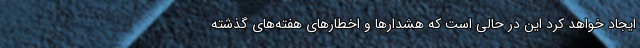
ایجاد خواهد کرد این در حالی است که هشدارها و اخطارهای هفته‌های گذشته